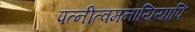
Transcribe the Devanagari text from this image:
पत्नीत्वमनायियापि